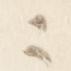
之